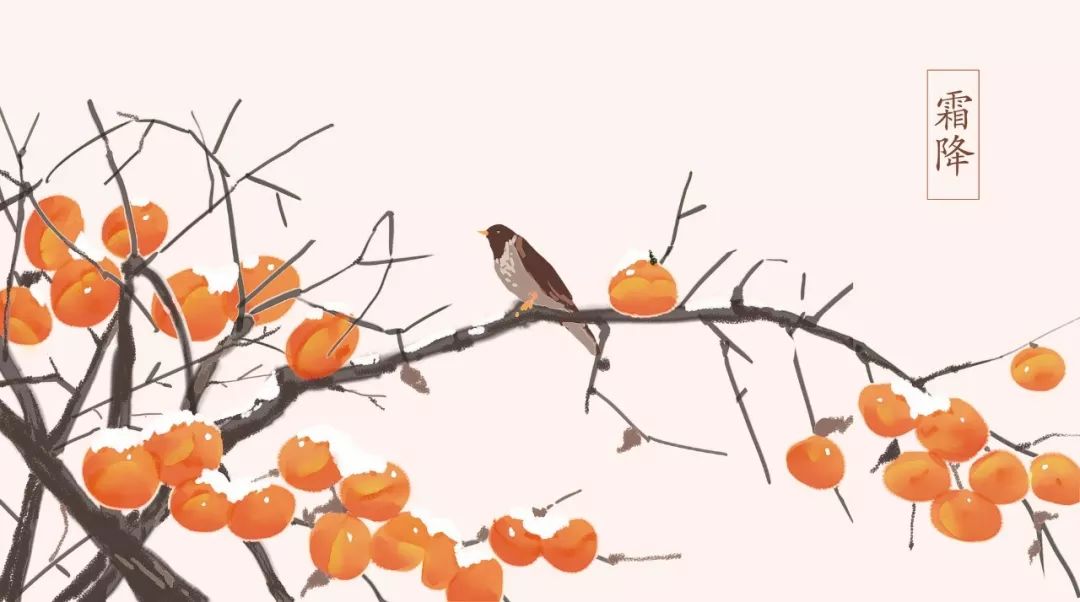
驿路侵斜月，溪桥度晓霜。